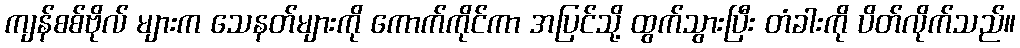
ကျန်စစ်ဗိုလ် များက သေနတ်များကို ကောက်ကိုင်ကာ အပြင်သို့ ထွက်သွားပြီး တံခါးကို ပိတ်လိုက်သည်။